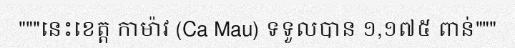
"""នេះខេត្ត កាម៉ាវ (Ca Mau) ទទួលបាន ១,១៧៥ ពាន់"""